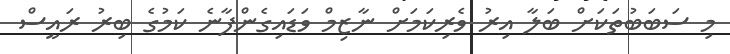
މި ސަބަބުތަކަށް ބަލާ އިރު ވެރިކަމަށް ނާޒިމް ވަޑައިގެންފާނެ ކަމުގެ ބިރު ރައީސް